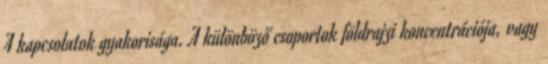
A kapcsolatok gyakorisága. A különböző csoportok földrajzi koncentrációja, vagy